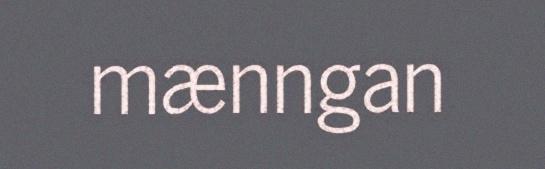
mænngan